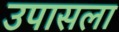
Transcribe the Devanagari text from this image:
उपासला